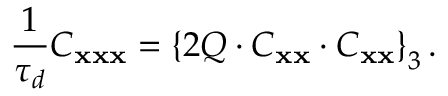
\frac { 1 } { \tau _ { d } } C _ { \bf x x x } = \left\lbrace 2 { \cal Q } \cdot C _ { { \bf x } { \bf x } } \cdot C _ { { \bf x } { \bf x } } \right\rbrace _ { 3 } .